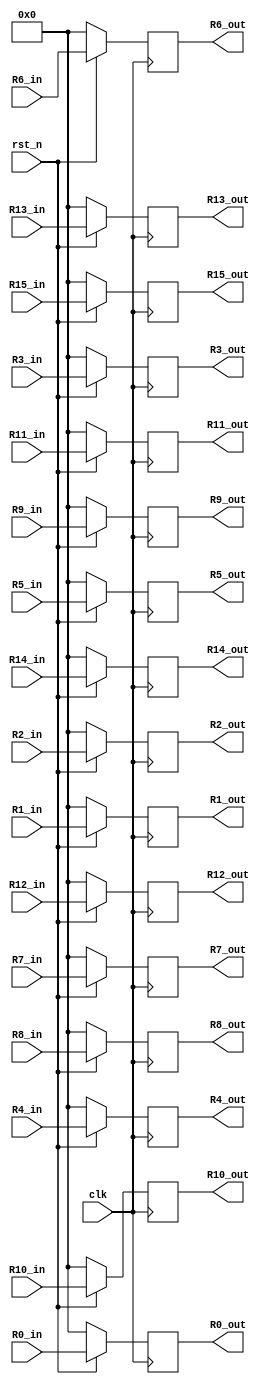
module Pipe(R0_out,        
             R1_out,       
             R2_out,       
             R3_out,       
             R4_out,       
             R5_out,       
             R6_out,       
             R7_out,       
             R8_out,       
             R9_out,       
             R10_out,      
             R11_out,      
             R12_out,      
             R13_out,      
             R14_out,      
             R15_out,      
             R0_in,        
             R1_in,        
             R2_in,        
             R3_in,        
             R4_in,        
             R5_in,        
             R6_in,        
             R7_in,        
             R8_in,        
             R9_in,        
             R10_in,       
             R11_in,       
             R12_in,       
             R13_in,       
             R14_in,       
             R15_in,       
             clk,          
             rst_n         
            );             
 parameter D_WIDTH = 64;        
 parameter D_ZERO  = 64'd0;     
 output [D_WIDTH-1:0] R0_out;    
 output [D_WIDTH-1:0] R1_out;    
 output [D_WIDTH-1:0] R2_out;    
 output [D_WIDTH-1:0] R3_out;    
 output [D_WIDTH-1:0] R4_out;    
 output [D_WIDTH-1:0] R5_out;    
 output [D_WIDTH-1:0] R6_out;    
 output [D_WIDTH-1:0] R7_out;    
 output [D_WIDTH-1:0] R8_out;    
 output [D_WIDTH-1:0] R9_out;    
 output [D_WIDTH-1:0] R10_out;   
 output [D_WIDTH-1:0] R11_out;   
 output [D_WIDTH-1:0] R12_out;   
 output [D_WIDTH-1:0] R13_out;   
 output [D_WIDTH-1:0] R14_out;   
 output [D_WIDTH-1:0] R15_out;   
 input  [D_WIDTH-1:0] R0_in;     
 input  [D_WIDTH-1:0] R1_in;     
 input  [D_WIDTH-1:0] R2_in;     
 input  [D_WIDTH-1:0] R3_in;     
 input  [D_WIDTH-1:0] R4_in;     
 input  [D_WIDTH-1:0] R5_in;     
 input  [D_WIDTH-1:0] R6_in;     
 input  [D_WIDTH-1:0] R7_in;     
 input  [D_WIDTH-1:0] R8_in;     
 input  [D_WIDTH-1:0] R9_in;     
 input  [D_WIDTH-1:0] R10_in;    
 input  [D_WIDTH-1:0] R11_in;    
 input  [D_WIDTH-1:0] R12_in;    
 input  [D_WIDTH-1:0] R13_in;    
 input  [D_WIDTH-1:0] R14_in;    
 input  [D_WIDTH-1:0] R15_in;    
 input                clk;       
 input                rst_n;     
                                 
 reg [D_WIDTH-1:0] R0_out;       
 reg [D_WIDTH-1:0] R1_out;       
 reg [D_WIDTH-1:0] R2_out;       
 reg [D_WIDTH-1:0] R3_out;       
 reg [D_WIDTH-1:0] R4_out;       
 reg [D_WIDTH-1:0] R5_out;       
 reg [D_WIDTH-1:0] R6_out;       
 reg [D_WIDTH-1:0] R7_out;       
 reg [D_WIDTH-1:0] R8_out;       
 reg [D_WIDTH-1:0] R9_out;       
 reg [D_WIDTH-1:0] R10_out;      
 reg [D_WIDTH-1:0] R11_out;      
 reg [D_WIDTH-1:0] R12_out;      
 reg [D_WIDTH-1:0] R13_out;      
 reg [D_WIDTH-1:0] R14_out;      
 reg [D_WIDTH-1:0] R15_out;	  
                                 
 always@(posedge clk)begin       
   if(~rst_n)begin               
     R0_out  <= D_ZERO;          
     R1_out  <= D_ZERO;          
     R2_out  <= D_ZERO;          
     R3_out  <= D_ZERO;          
     R4_out  <= D_ZERO;          
     R5_out  <= D_ZERO;          
     R6_out  <= D_ZERO;          
     R7_out  <= D_ZERO;          
     R8_out  <= D_ZERO;          
     R9_out  <= D_ZERO;          
     R10_out <= D_ZERO;          
     R11_out <= D_ZERO;          
     R12_out <= D_ZERO;          
     R13_out <= D_ZERO;          
     R14_out <= D_ZERO;          
     R15_out <= D_ZERO;          
   end                           
   else begin                    
     R0_out  <= R0_in;           
     R1_out  <= R1_in;           
     R2_out  <= R2_in;           
     R3_out  <= R3_in;           
     R4_out  <= R4_in;           
     R5_out  <= R5_in;           
     R6_out  <= R6_in;           
     R7_out  <= R7_in;           
     R8_out  <= R8_in;           
     R9_out  <= R9_in;           
     R10_out <= R10_in;          
     R11_out <= R11_in;          
     R12_out <= R12_in;          
     R13_out <= R13_in;          
     R14_out <= R14_in;          
     R15_out <= R15_in;          
   end                           
 end                             
                                 
endmodule